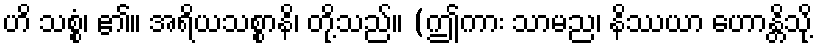
ဟိ သစ္စံ၊ ၏။ အရိယသစ္စာနိ၊ တို့သည်။ (ဤကား သာမည၊ နိဿယာ ဟောန္တိသို့